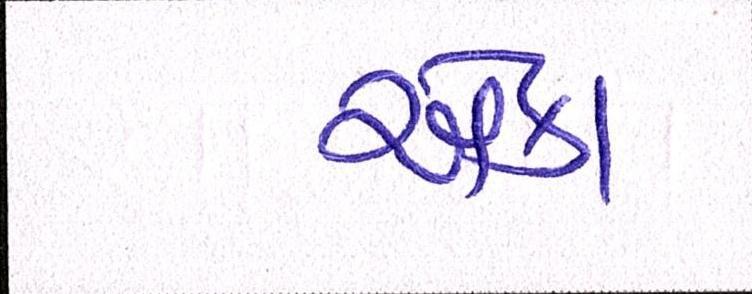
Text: એકા